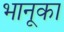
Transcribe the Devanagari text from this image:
भानूका